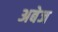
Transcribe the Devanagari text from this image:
अबेज